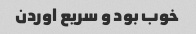
خوب بود و سریع اوردن